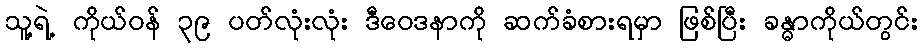
သူ့ရဲ့ ကိုယ်ဝန် ၃၉ ပတ်လုံးလုံး ဒီဝေဒနာကို ဆက်ခံစားရမှာ ဖြစ်ပြီး ခန္ဓာကိုယ်တွင်း